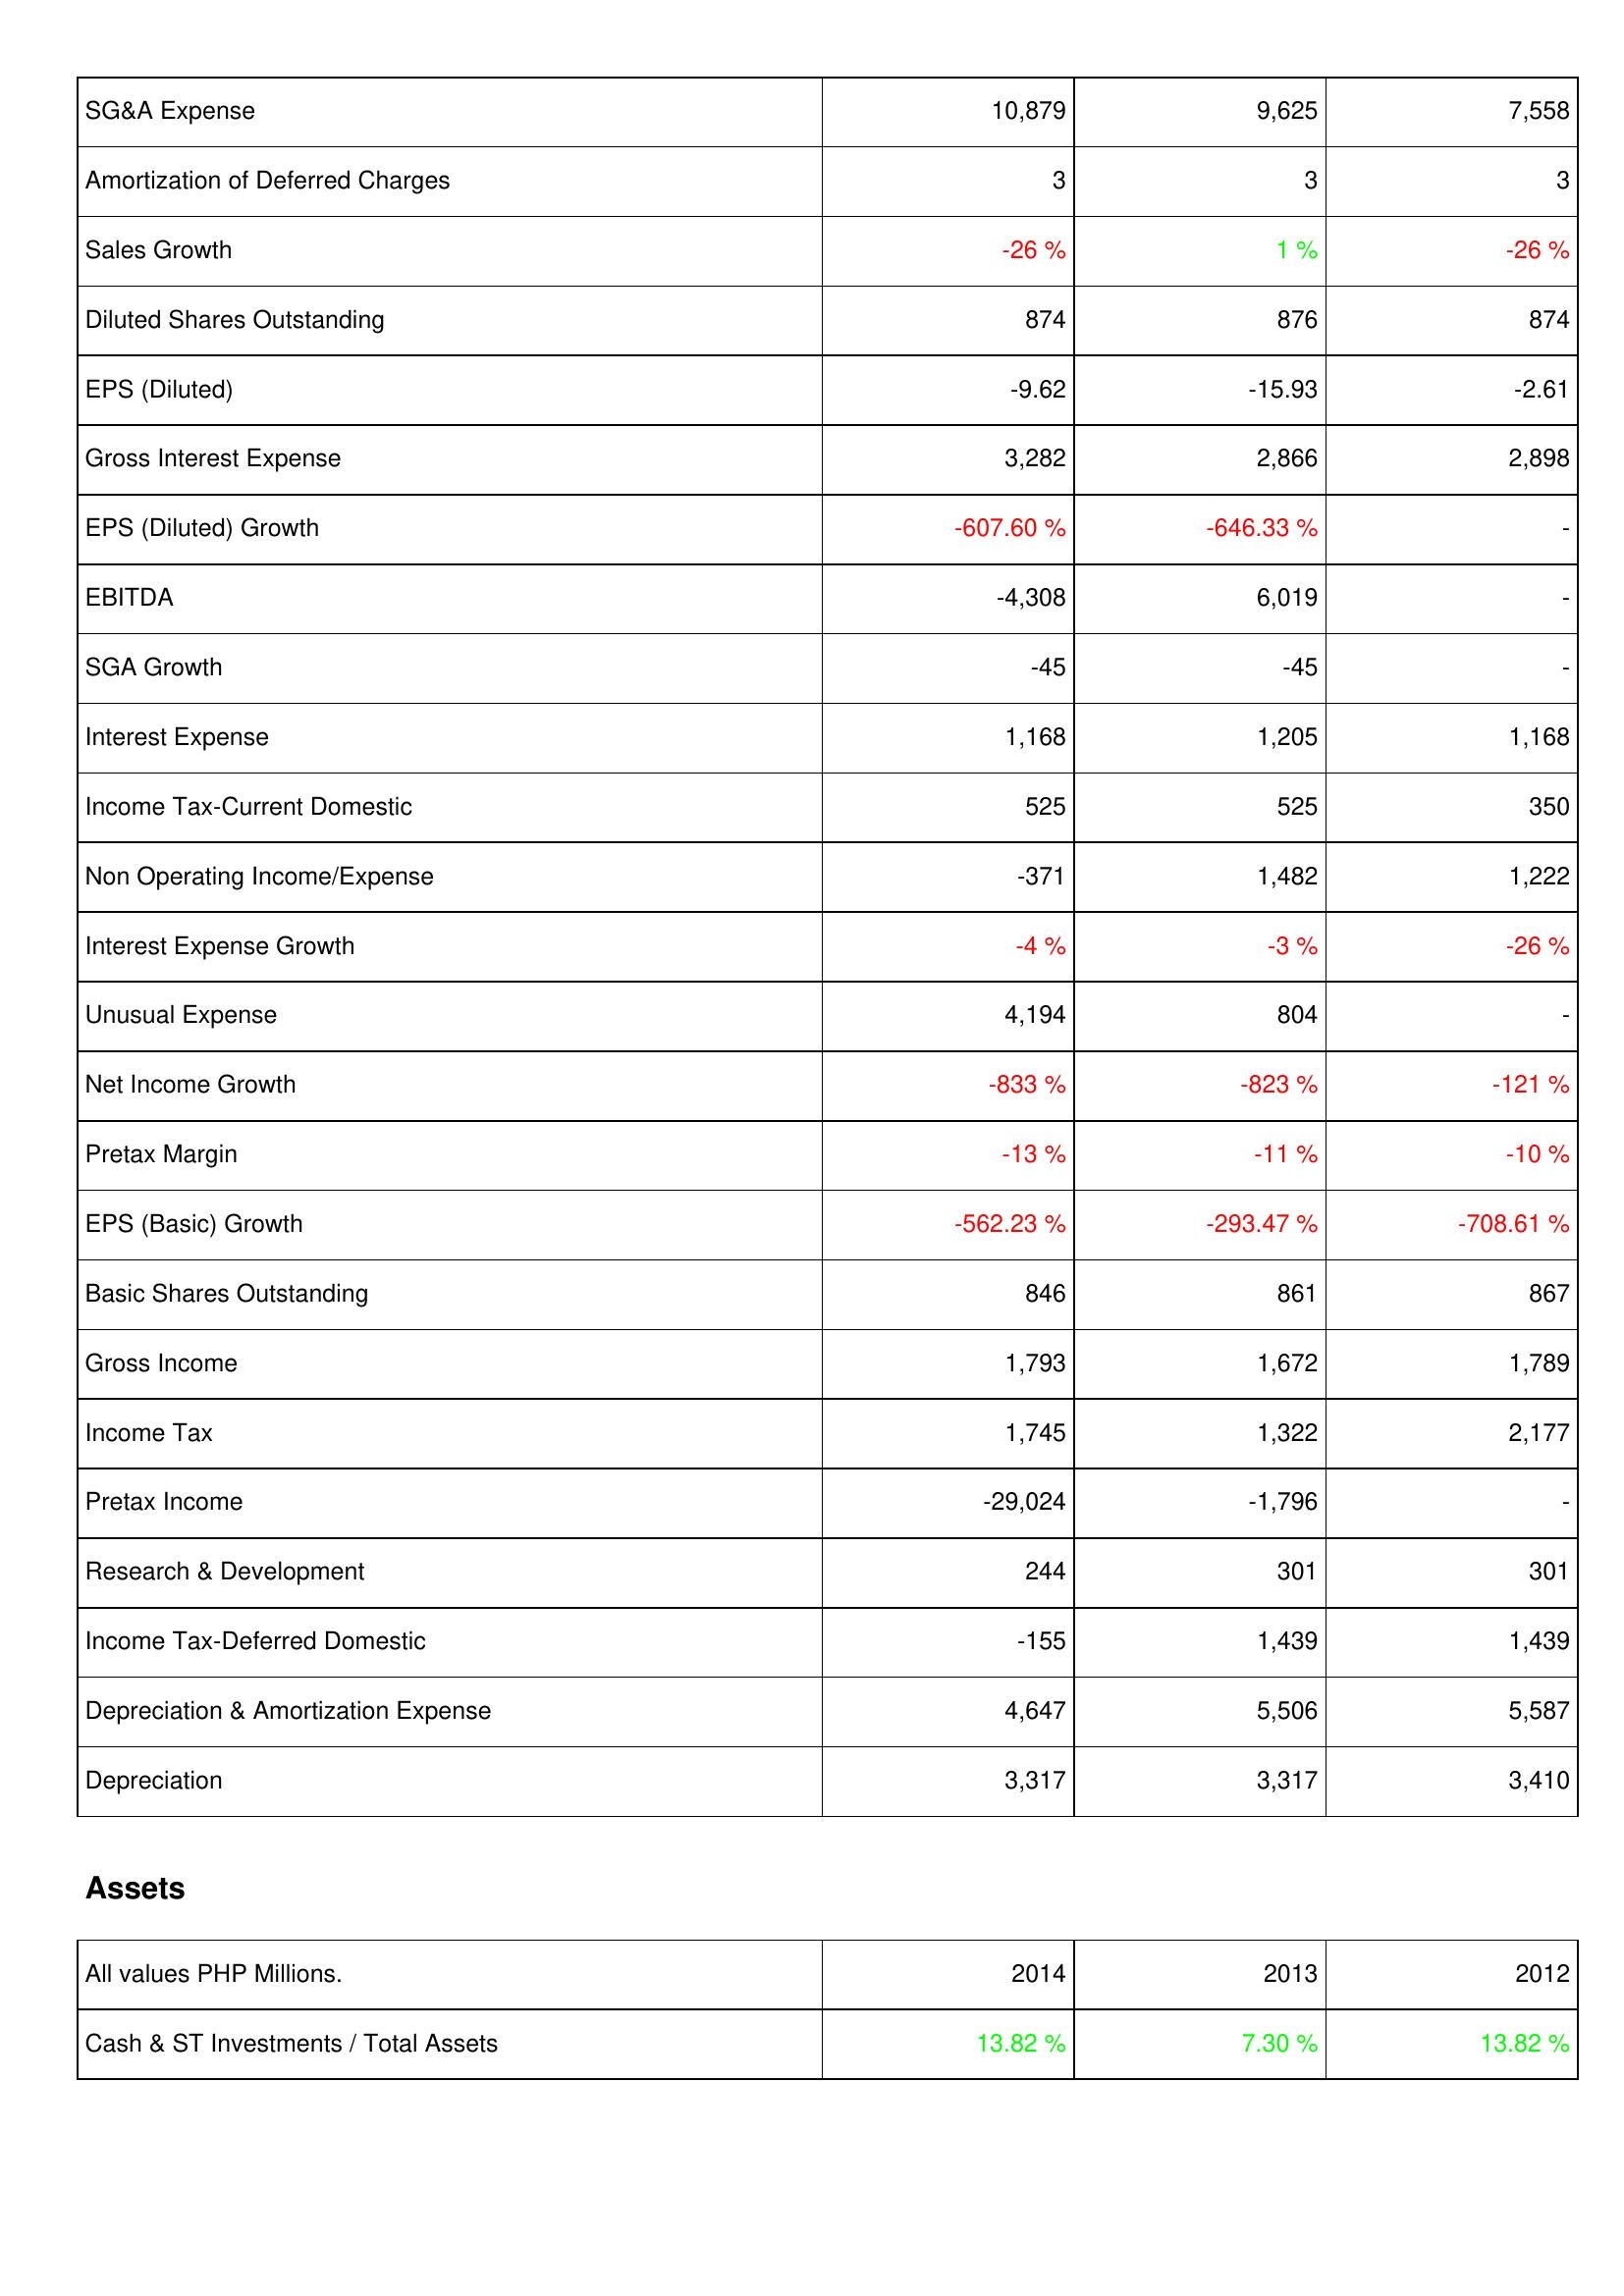
2014: Income Statement: SG&A Expense: 10,879
Amortization of Deferred Charges: 3
Sales Growth: -26 %
Diluted Shares Outstanding: 874
EPS (Diluted): -9.62
Gross Interest Expense: 3,282
EPS (Diluted) Growth: -607.60 %
EBITDA: -4,308
SGA Growth: -45
Interest Expense: 1,168
Income Tax-Current Domestic: 525
Non Operating Income/Expense: -371
Interest Expense Growth: -4 %
Unusual Expense: 4,194
Net Income Growth: -833 %
Pretax Margin: -13 %
EPS (Basic) Growth: -562.23 %
Basic Shares Outstanding: 846
Gross Income: 1,793
Income Tax: 1,745
Pretax Income: -29,024
Research & Development: 244
Income Tax-Deferred Domestic: -155
Depreciation & Amortization Expense: 4,647
Depreciation: 3,317
Assets: Cash & ST Investments / Total Assets: 13.82 %
2013: Income Statement: SG&A Expense: 9,625
Amortization of Deferred Charges: 3
Sales Growth: 1 %
Diluted Shares Outstanding: 876
EPS (Diluted): -15.93
Gross Interest Expense: 2,866
EPS (Diluted) Growth: -646.33 %
EBITDA: 6,019
SGA Growth: -45
Interest Expense: 1,205
Income Tax-Current Domestic: 525
Non Operating Income/Expense: 1,482
Interest Expense Growth: -3 %
Unusual Expense: 804
Net Income Growth: -823 %
Pretax Margin: -11 %
EPS (Basic) Growth: -293.47 %
Basic Shares Outstanding: 861
Gross Income: 1,672
Income Tax: 1,322
Pretax Income: -1,796
Research & Development: 301
Income Tax-Deferred Domestic: 1,439
Depreciation & Amortization Expense: 5,506
Depreciation: 3,317
Assets: Cash & ST Investments / Total Assets: 7.30 %
2012: Income Statement: SG&A Expense: 7,558
Amortization of Deferred Charges: 3
Sales Growth: -26 %
Diluted Shares Outstanding: 874
EPS (Diluted): -2.61
Gross Interest Expense: 2,898
EPS (Diluted) Growth: -
EBITDA: -
SGA Growth: -
Interest Expense: 1,168
Income Tax-Current Domestic: 350
Non Operating Income/Expense: 1,222
Interest Expense Growth: -26 %
Unusual Expense: -
Net Income Growth: -121 %
Pretax Margin: -10 %
EPS (Basic) Growth: -708.61 %
Basic Shares Outstanding: 867
Gross Income: 1,789
Income Tax: 2,177
Pretax Income: -
Research & Development: 301
Income Tax-Deferred Domestic: 1,439
Depreciation & Amortization Expense: 5,587
Depreciation: 3,410
Assets: Cash & ST Investments / Total Assets: 13.82 %